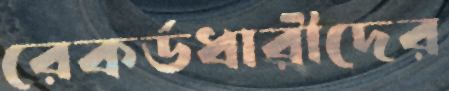
রেকর্ডধারীদের